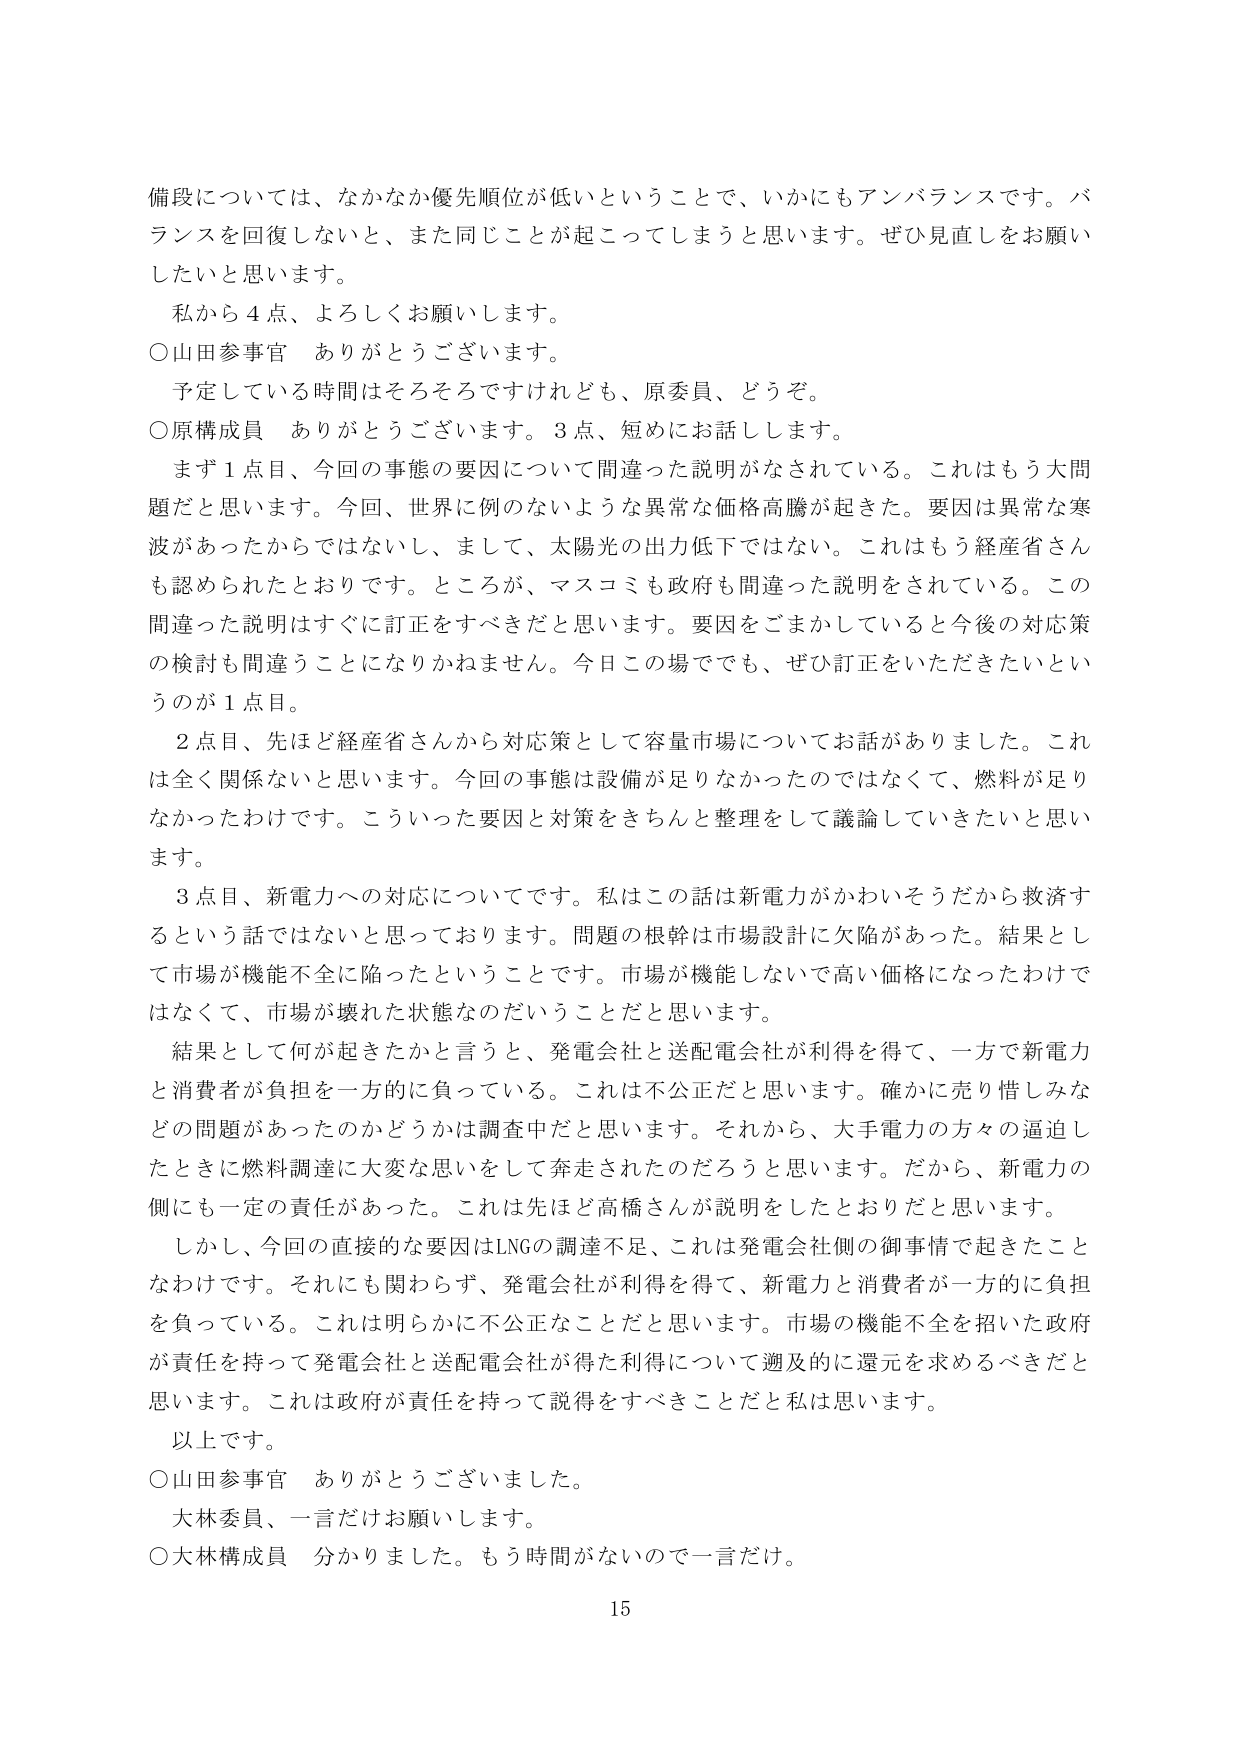
備段については、なかなか優先順位が低いということで、いかにもアンバランスです。バランスを回復しないと、また同じことが起こってしまうと思います。ぜひ見直しをお願いしたいと思います。

私から４点、よろしくお願いします。

○山田参事官　ありがとうございます。

予定している時間はそろそろですけれども、原委員、どうぞ。

○原構成員　ありがとうございます。３点、短めにお話しします。

まず１点目、今回の事態の要因について間違った説明がなされている。これはもう大問題だと思います。今回、世界に例のないような異常な価格高騰が起きた。要因は異常な寒波があったからではないし、まして、太陽光の出力低下ではない。これはもう経産省さんも認められたとおりです。ところが、マスコミも政府も間違った説明をされている。この間違った説明はすぐに訂正をすべきだと思います。要因をごまかしていると今後の対応策の検討も間違うことになりかねません。今日この場でも、ぜひ訂正をいただきたいというのが１点目。

２点目、先ほど経産省さんから対応策として容量市場についてお話がありました。これは全く関係ないと思います。今回の事態は設備が足りなかったのではなくて、燃料が足りなかったわけです。こういった要因と対策をきちんと整理をして議論していきたいと思います。

３点目、新電力への対応についてです。私はこの話は新電力がかわいそうだから救済するという話ではないと思っております。問題の根幹は市場設計に欠陥があった。結果として市場が機能不全に陥ったということです。市場が機能しないで高い価格になったわけではなくて、市場が壊れた状態なのだということだと思います。

結果として何が起きたかと言うと、発電会社と送配電会社が利得を得て、一方で新電力と消費者が負担を一方的に負っている。これは不公平だと思います。確かに売り惜しみなどの問題があったのかどうかは調査中だと思います。それから、大手電力の方々の逼迫したときに燃料調達に大変な思いをして奔走されたのだろうと思います。だから、新電力の側にも一定の責任があった。これは先ほど高橋さんが説明をしたとおりだと思います。

しかし、今回の直接的な要因はLNGの調達不足、これは発電会社側の御事情で起きたことなわけです。それにも関わらず、発電会社が利得を得て、新電力と消費者が一方的に負担を負っている。これは明らかに不公平なことだと思います。市場の機能不全を招いた政府が責任を持って発電会社と送配電会社が得た利得について遡及的に還元を求めるべきだと思います。これは政府が責任を持って説得をすべきことだと思います。

以上です。

○山田参事官　ありがとうございました。

大林委員、一言だけお願いします。

○大林構成員　分かりました。もう時間がないので一言だけ。

15